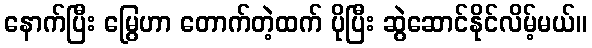
နောက်ပြီး မြွေဟာ တောက်တဲ့ထက် ပိုပြီး ဆွဲဆောင်နိုင်လိမ့်မယ်။